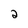
Character: 2